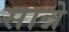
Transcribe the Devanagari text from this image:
सान्ने